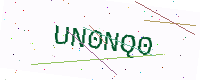
Text: UN0NQ0